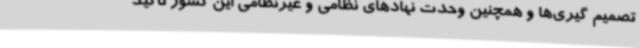
تصمیم گیری‌ها و همچنین وحدت نهادهای نظامی و غیرنظامی این کشور تأکید